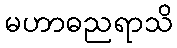
မဟာဓညရာသိ